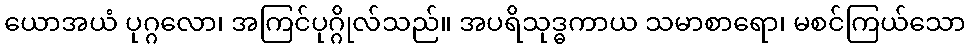
ယောအယံ ပုဂ္ဂလော၊ အကြင်ပုဂ္ဂိုလ်သည်။ အပရိသုဒ္ဓကာယ သမာစာရော၊ မစင်ကြယ်သော